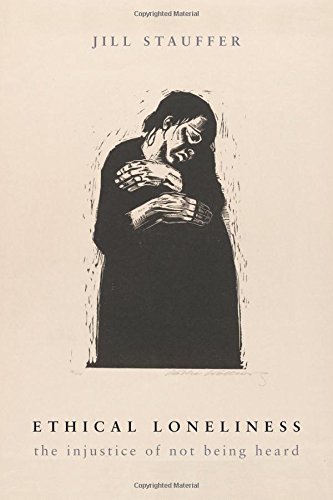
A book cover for Ethical Loneliness: The Injustice of Not Being Heard; Jill Stauffer; Law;